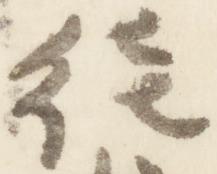
徳